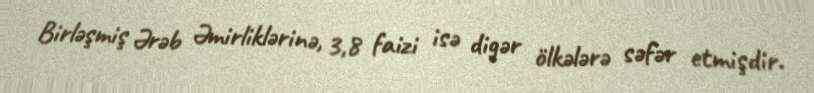
Birləşmiş Ərəb Əmirliklərinə, 3,8 faizi isə digər ölkələrə səfər etmişdir.